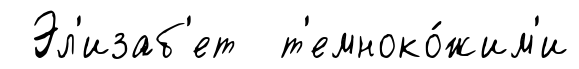
Эл'изаб'ет т'емноко́жим'и